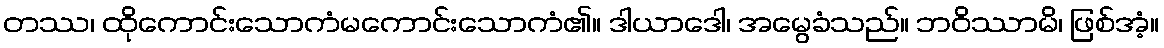
တဿ၊ ထိုကောင်းသောကံမကောင်းသောကံ၏။ ဒါယာဒေါ၊ အမွေခံသည်။ ဘဝိဿာမိ၊ ဖြစ်အံ့။